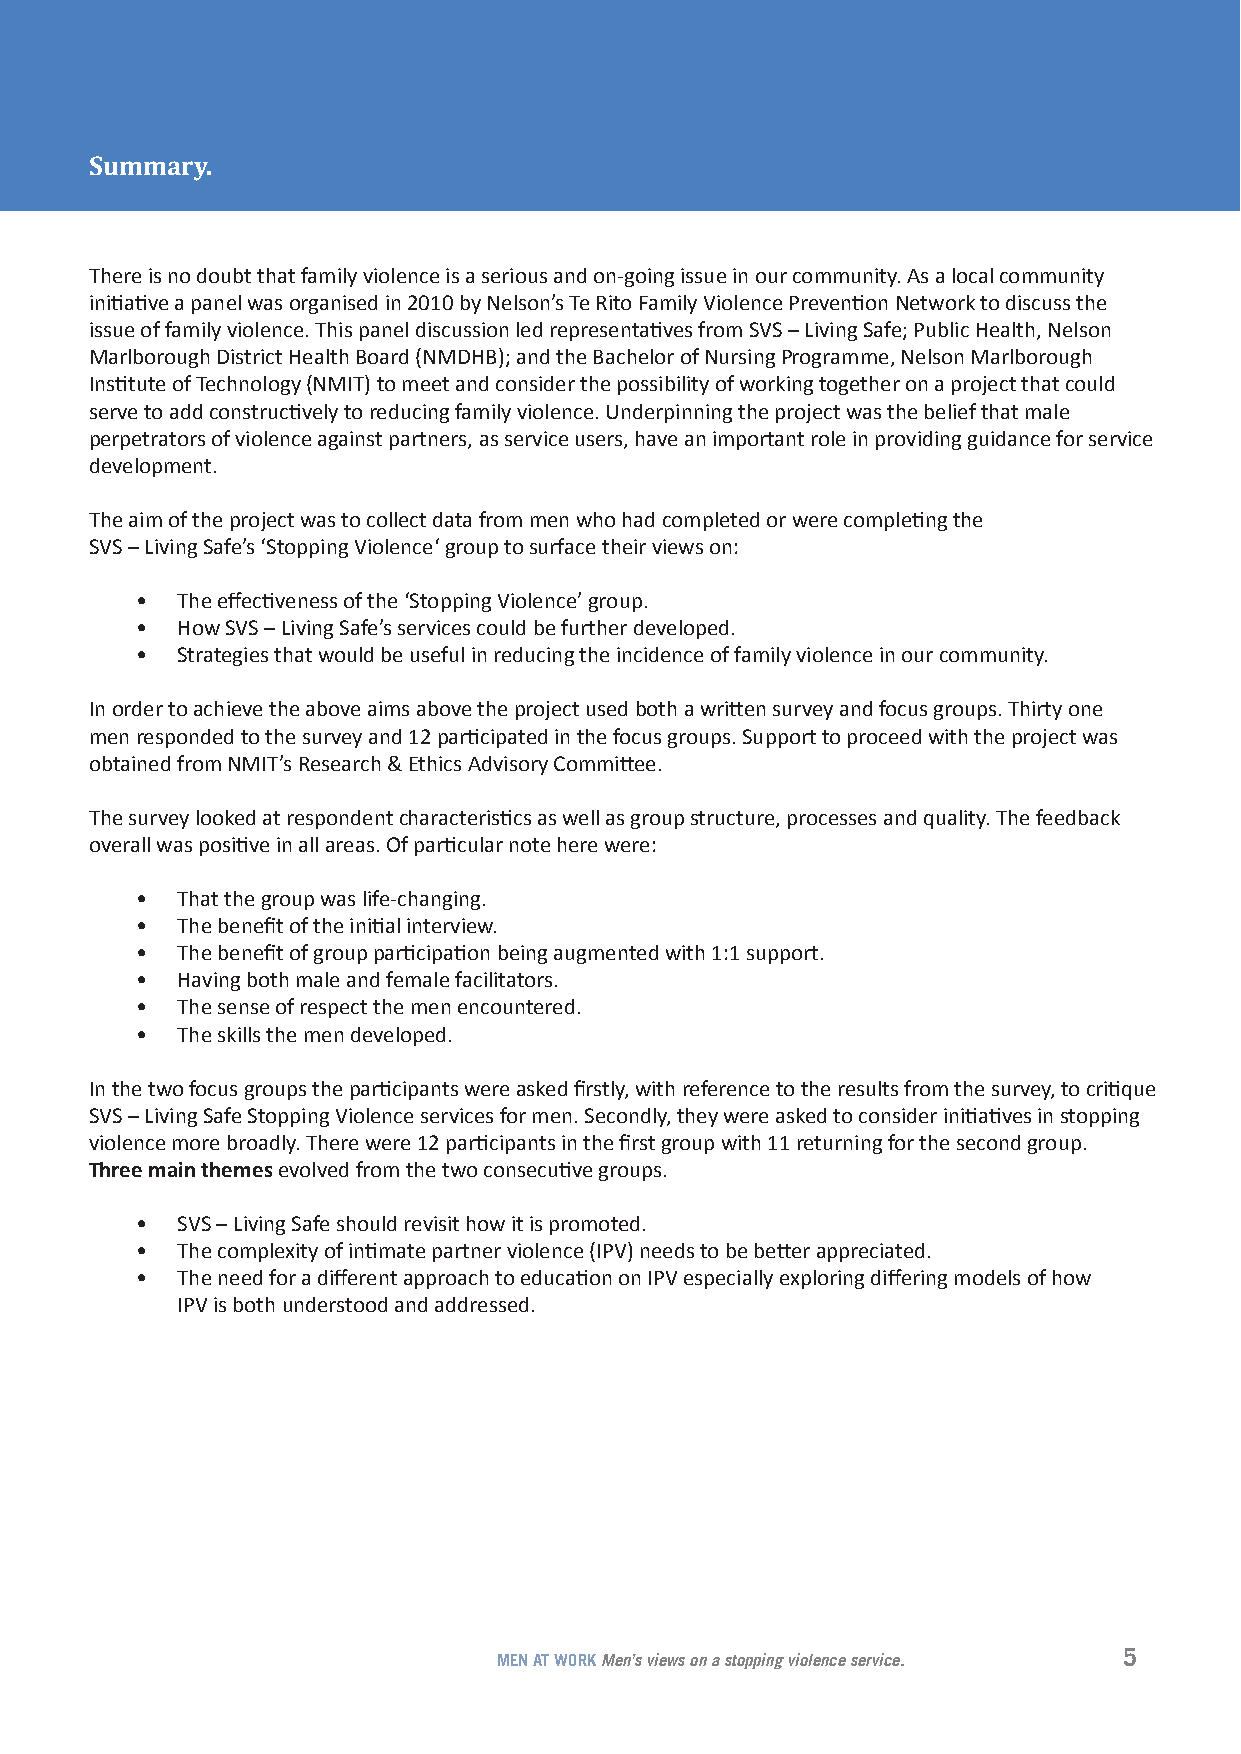
Summary.
 There is no doubt that family violence is a serious and on-going issue in our community. As a local community
 initiative a panel was organised in 2010 by Nelson’s Te Rito Family Violence Prevention Network to discuss the
 issue of family violence. This panel discussion led representatives from SVS – Living Safe; Public Health, Nelson
 Marlborough District Health Board (NMDHB); and the Bachelor of Nursing Programme, Nelson Marlborough
 Institute of Technology (NMIT) to meet and consider the possibility of working together on a project that could
 serve to add constructively to reducing family violence. Underpinning the project was the belief that male
 perpetrators of violence against partners, as service users, have an important role in providing guidance for service
 development.
 The aim of the project was to collect data from men who had completed or were completing the
 SVS – Living Safe’s ‘Stopping Violence‘ group to surface their views on:
 •  The effectiveness of the ‘Stopping Violence’ group.
 •  How SVS – Living Safe’s services could be further developed.
 •  Strategies that would be useful in reducing the incidence of family violence in our community.
 In order to achieve the above aims above the project used both a written survey and focus groups. Thirty one
 men responded to the survey and 12 participated in the focus groups. Support to proceed with the project was
 obtained from NMIT’s Research & Ethics Advisory Committee.
 The survey looked at respondent characteristics as well as group structure, processes and quality. The feedback
 overall was positive in all areas. Of particular note here were:
 •  That the group was life-changing.
 •  The benefit of the initial interview.
 •  The benefit of group participation being augmented with 1:1 support.
 •  Having both male and female facilitators.
 •  The sense of respect the men encountered.
 •  The skills the men developed.
 In the two focus groups the participants were asked firstly, with reference to the results from the survey, to critique
 SVS – Living Safe Stopping Violence services for men. Secondly, they were asked to consider initiatives in stopping
 violence more broadly. There were 12 participants in the first group with 11 returning for the second group.
 Three main themes evolved from the two consecutive groups.
 •  SVS – Living Safe should revisit how it is promoted.
 •  The complexity of intimate partner violence (IPV) needs to be better appreciated.
 •  The need for a different approach to education on IPV especially exploring differing models of how
 IPV is both understood and addressed.
 5
 MEN AT WORK Men’s views on a stopping violence service.